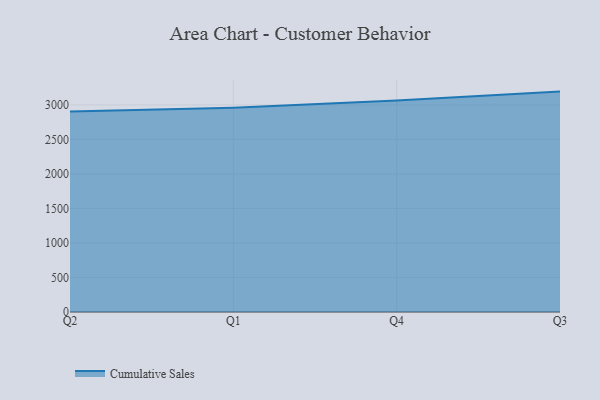
{"axis": {"x": "Quarter", "y": "Customer Acquisition Cost (USD)"}, "legend": ["Cumulative Sales"], "data": [{"x": "Q2", "y": 2903.8, "type": "Cumulative Sales"}, {"x": "Q1", "y": 2959.4, "type": "Cumulative Sales"}, {"x": "Q4", "y": 3064.0, "type": "Cumulative Sales"}, {"x": "Q3", "y": 3193.4, "type": "Cumulative Sales"}]}